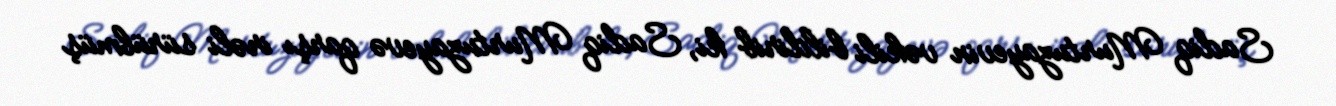
Sadiq Murtuzayevin vəkili bildirib ki, Sadiq Murtuzayevə qarşı irəli sürülmüş